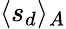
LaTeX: \langle s_{d}\rangle_{A}